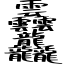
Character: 𱁬